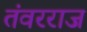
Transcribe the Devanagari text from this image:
तंवरराज